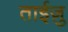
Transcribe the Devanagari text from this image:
ताईज़ु